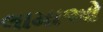
લામાઓ